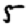
Digit: 5